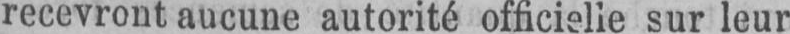
recevront aucune autorité officielle sur leur